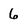
Character: 6